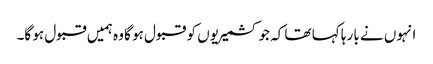
انہوں نے با رہا کہا تھا کہ جو کشمیریوں کو قبول ہو گا وہ ہمیں قبول ہو گا۔